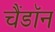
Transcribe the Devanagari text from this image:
चैंडॉन